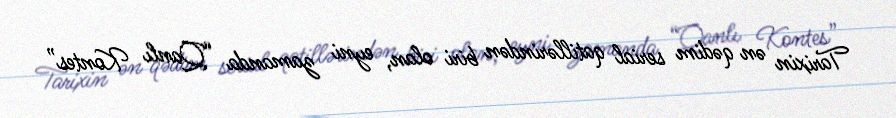
Tarixin ən qədim serial qatillərindən biri olan, eyni zamanda “Qanlı Kontes”